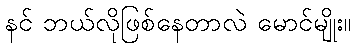
နင် ဘယ်လိုဖြစ်နေတာလဲ မောင်မျိုး။